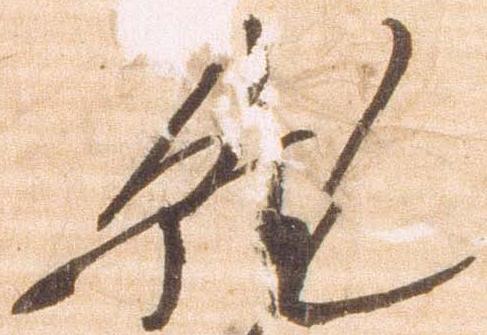
就